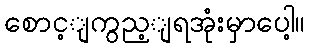
စောင့ျကွည့ျရအုံးမှာပေါ့။